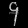
Digit: ၄